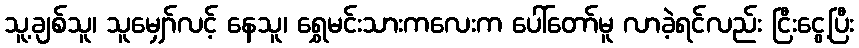
သူ့ချစ်သူ၊ သူမျှော်လင့် နေသူ၊ ရွှေမင်းသားကလေးက ပေါ်တော်မူ လာခဲ့ရင်လည်း ငြီးငွေ့ပြီး